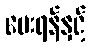
ပေးရန်နှင့်